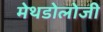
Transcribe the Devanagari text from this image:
मेथडोलोजी